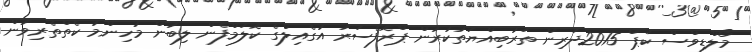
މޯލްޑިވްސް ކަޕް 2015ދަރިން ތަރުބިއްޔަތުކުރުން ޕްރޮފެސަރު އުގެއިލްގެ ކޮލަމްފެން ލިބުން މުހިންމު ކެތްތެރިވުން